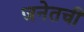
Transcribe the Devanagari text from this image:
जनेतची